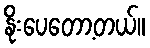
နိုးပေတော့တယ်။